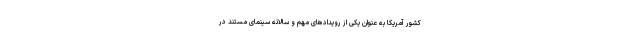
کشور آمریکا به عنوان یکی از رویدادهای مهم و سالانه سینمای مستند در